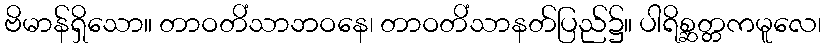
ဗိမာန်ရှိသော။ တာဝတိံသာဘဝနေ၊ တာဝတိံသာနတ်ပြည်၌။ ပါရိစ္ဆတ္တကမူလေ၊